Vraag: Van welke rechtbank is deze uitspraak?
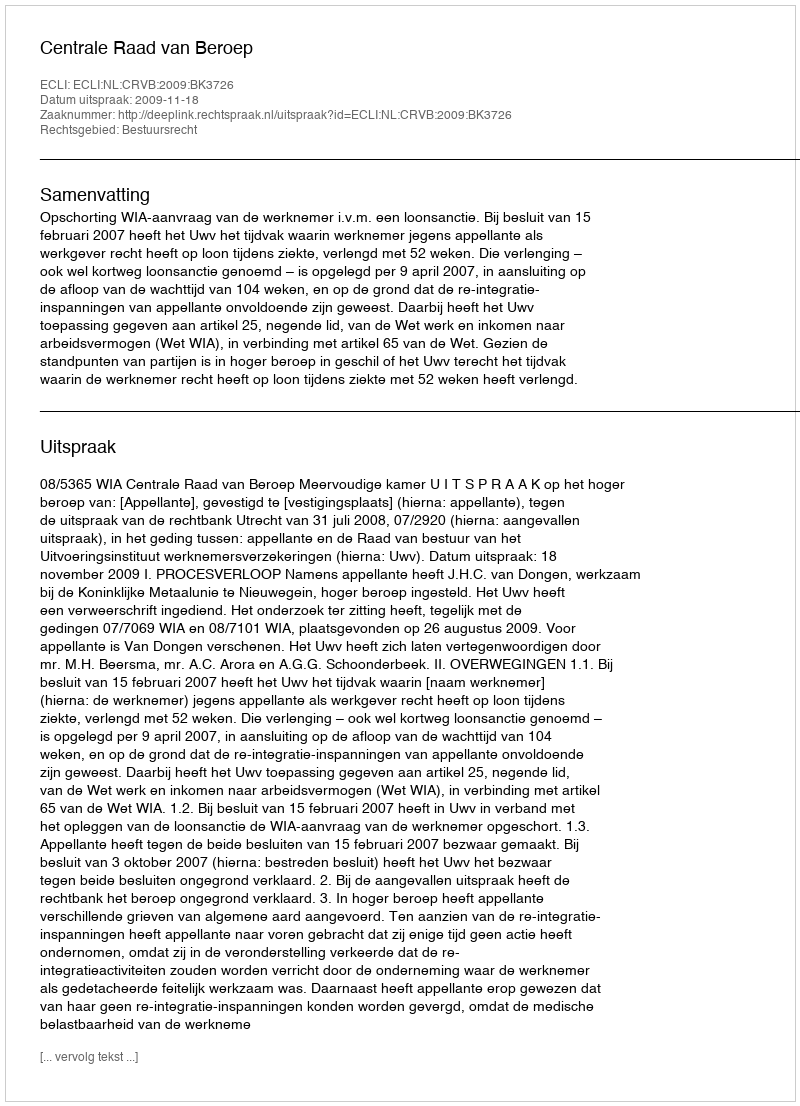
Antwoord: Centrale Raad van Beroep